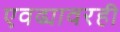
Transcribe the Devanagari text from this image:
एवढ्यावरही